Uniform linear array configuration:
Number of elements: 4
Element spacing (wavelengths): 0.5
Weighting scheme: hamming
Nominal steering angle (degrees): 0
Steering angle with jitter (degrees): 1.585
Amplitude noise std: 0.05
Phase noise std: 0.05

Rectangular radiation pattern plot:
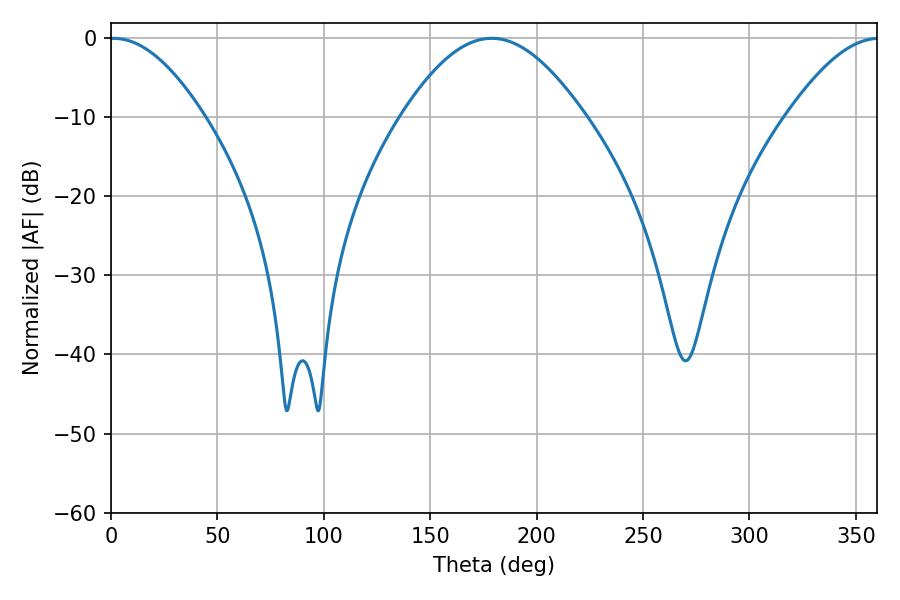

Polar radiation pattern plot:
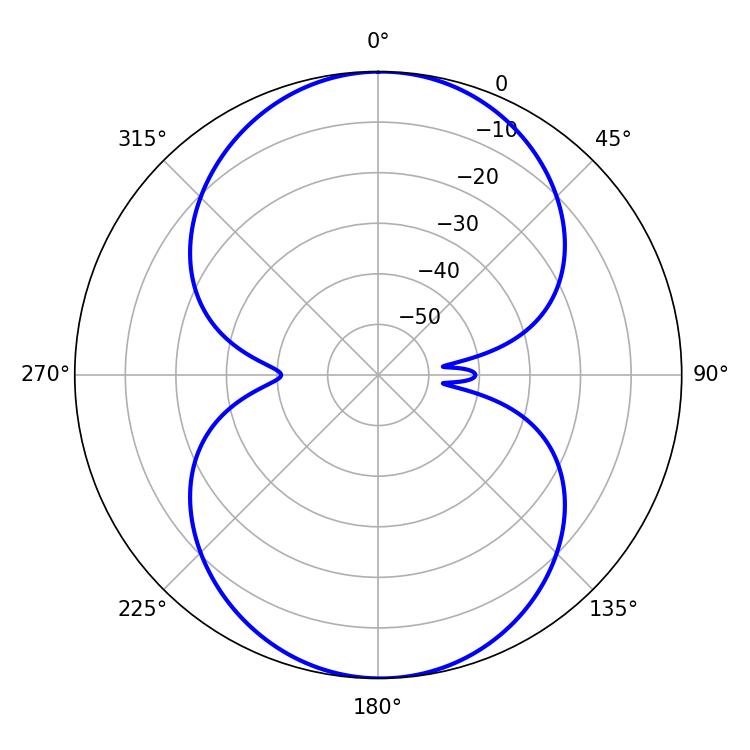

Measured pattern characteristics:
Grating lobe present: FALSE
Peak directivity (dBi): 20.432
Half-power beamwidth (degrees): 24.12
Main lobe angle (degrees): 1.08